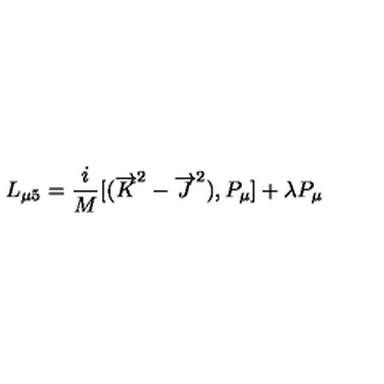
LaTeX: L _ { \mu 5 } = \frac { i } { M } [ ( { \overrightarrow { K } } ^ { 2 } - { \overrightarrow { J } } ^ { 2 } ) , P _ { \mu } ] + \lambda P _ { \mu }